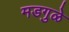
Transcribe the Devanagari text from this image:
मडगुळे